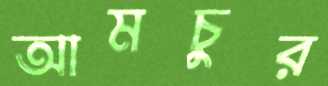
আমচুর